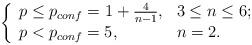
LaTeX: \begin{align*} \left\{\begin{array}{ll} p \leq p_{conf} = 1 + \frac{4}{n-1}, & 3 \leq n \leq 6;\\ p < p_{conf} = 5, & n =2. \end{array}\right. \end{align*}